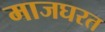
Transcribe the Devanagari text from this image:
माजघरत